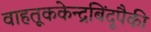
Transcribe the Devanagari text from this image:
वाहतूककेन्द्रबिंदूपैकी